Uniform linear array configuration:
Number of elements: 12
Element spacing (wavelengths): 0.25
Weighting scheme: exponential
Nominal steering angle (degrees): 30
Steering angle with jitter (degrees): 28.136
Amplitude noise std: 0.05
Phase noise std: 0.05

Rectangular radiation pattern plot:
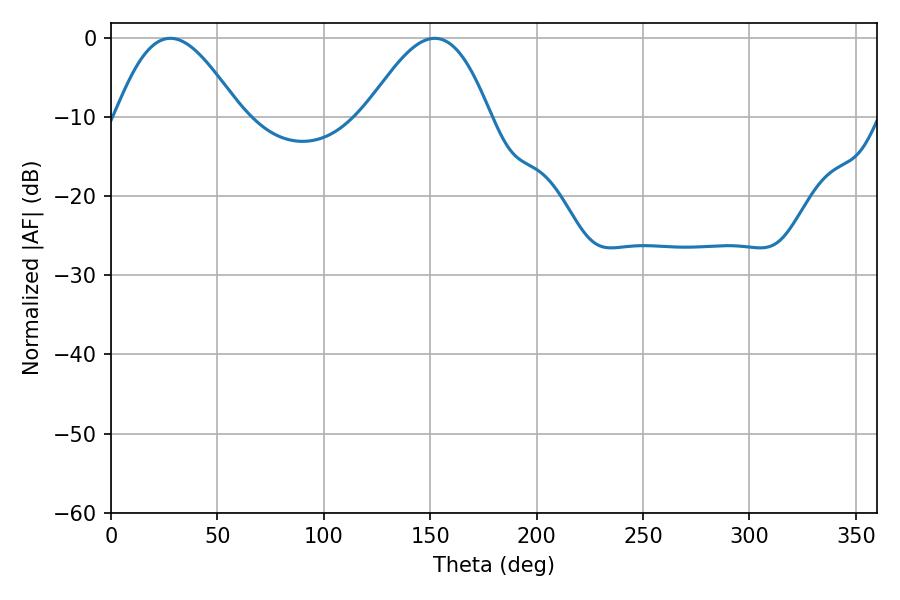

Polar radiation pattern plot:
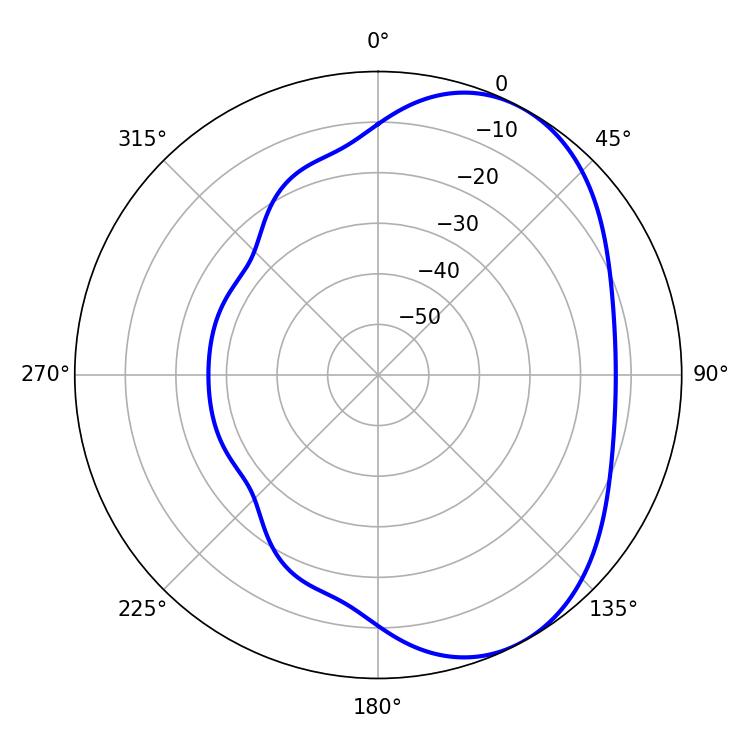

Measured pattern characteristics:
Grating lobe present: FALSE
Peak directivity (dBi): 5.026
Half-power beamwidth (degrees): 31.5
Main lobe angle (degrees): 27.9